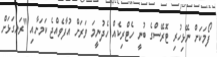
ފޯމަކަށް ނޭޅިހުރި ޓޮރޭސްގެ ބުނީ ހެޓްރިކެއް ހެދުނީމަ ވަރަށް އުފާވެއްޖެ ކަމަށާއި "ރަނގަޅަށް